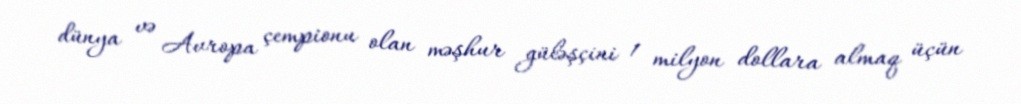
dünya və Avropa çempionu olan məşhur güləşçini 1 milyon dollara almaq üçün